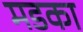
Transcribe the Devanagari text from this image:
मडका